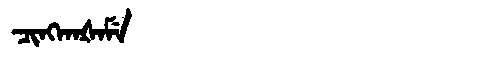
Manchu: ᠴᡳᠩᡴᠠᡧᠠᠮᡝ
Romanization: CINGKAŠAME